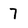
Character: 7